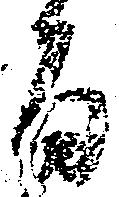
旨